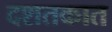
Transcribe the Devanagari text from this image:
दशतकात